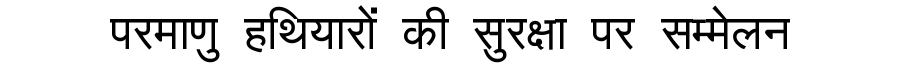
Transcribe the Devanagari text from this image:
परमाणु हथियारों की सुरक्षा पर सम्मेलन